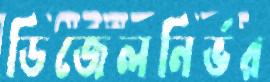
ডিজেলনির্ভর